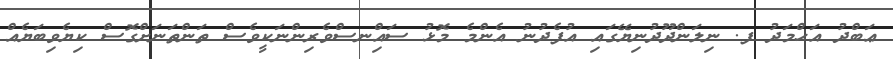
ޢަބްދު އަޙްމަދު ފ. ނިލަންދޫދުނިޔޭގައި އުފެދުނު އެންމެ މޮޅު ސައިްނސްވެރިންނަކީވެސް ތަންތަނަށްގޮސް ކިޔެވިބަޔެއް